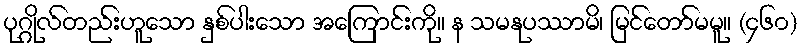
ပုဂ္ဂိုလ်တည်းဟူသော နှစ်ပါးသော အကြောင်းကို။ န သမနုပဿာမိ၊ မြင်တော်မမူ။ (၄၆၀)